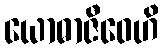
ယောဓာဇီဝေဟိ